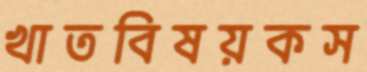
খাতবিষয়কস